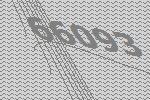
66093